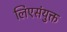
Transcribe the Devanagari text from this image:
लिएसंयुक्त